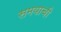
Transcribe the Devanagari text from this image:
समयाची